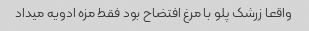
واقعا زرشک پلو با مرغ افتضاح بود فقط مزه ادویه میداد